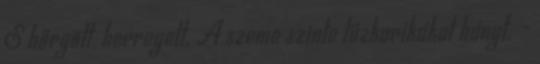
S hörgött, herregett. A szeme szinte tűzkarikákat hányt. -